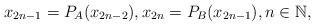
LaTeX: \begin{align*}x_{2n-1}=P_{A}(x_{2n-2}),x_{2n}=P_{B}(x_{2n-1}),n \in \mathbb{N},\end{align*}